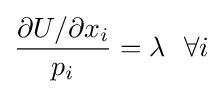
{\frac {\partial U/\partial x_{i}}{p_{i}}}=\lambda ~~\forall i